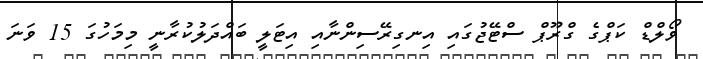
ވޯލްޑް ކަޕްގެ ގްރޫޕް ސްޓޭޖުގައި އިނގިރޭސިންނާއި އިޓަލީ ބައްދަލުކުރާނީ މިމަހުގަ 15 ވަނަ